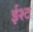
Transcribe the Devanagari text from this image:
ईश्ट